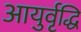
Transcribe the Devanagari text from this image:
आयुर्वृद्धि